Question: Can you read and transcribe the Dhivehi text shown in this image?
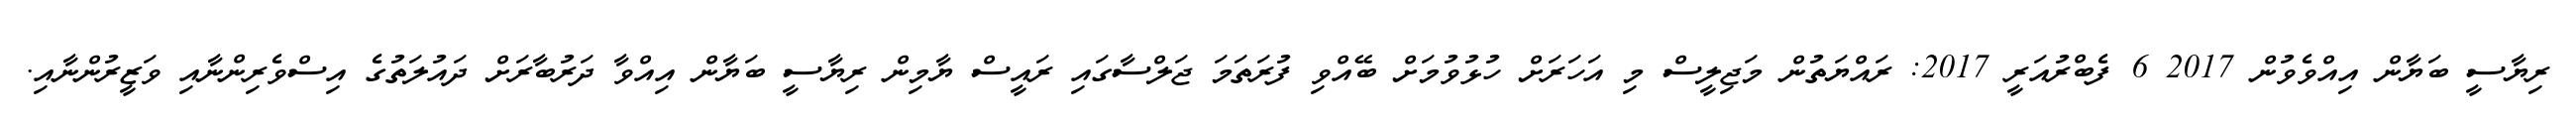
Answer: ރިޔާސީ ބަޔާން އިއްވެވުން 2017 6 ފެބްރުއަރީ 2017: ރައްޔަތުން މަޖިލީސް މި އަހަރަށް ހުޅުވުމަށް ބޭއްވި ފުރަތަމަ ޖަލްސާގައި ރައީސް ޔާމިން ރިޔާސީ ބަޔާން އިއްވާ ދަރުބާރަށް ދައުލަތުގެ އިސްވެރިންނާއި ވަޒީރުންނާއި.